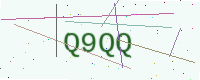
Text: Q9QQ